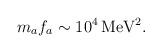
LaTeX: \begin{align*}m_a f_a\sim 10^{4}\, \mbox{MeV}^2.\end{align*}